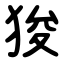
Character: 狻